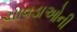
ચાવડાઓની